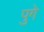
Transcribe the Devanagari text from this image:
पुगे